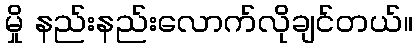
မှို နည်းနည်းလောက်လိုချင်တယ်။